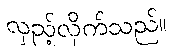
လှည့်လိုက်သည်။